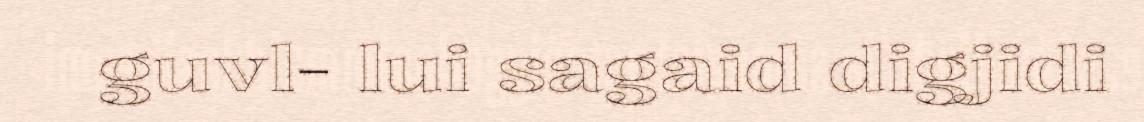
guvl- lui sagaid digjidi